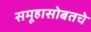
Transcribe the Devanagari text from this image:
समूहासोबतचे